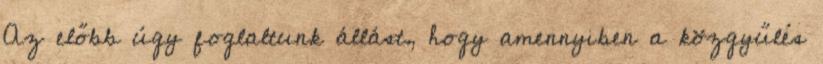
Az előbb úgy foglaltunk állást, hogy amennyiben a közgyűlés